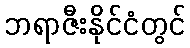
ဘရာဇီးနိုင်ငံတွင်